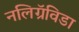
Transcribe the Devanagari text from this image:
नलिग्रॅविडा